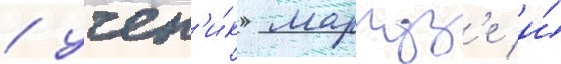
/ учен'и́к маркуз'е и́